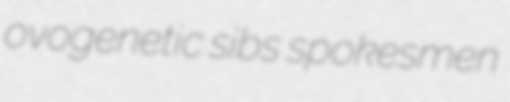
ovogenetic sibs spokesmen